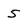
Character: 5